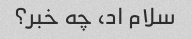
سلام اد، چه خبر؟